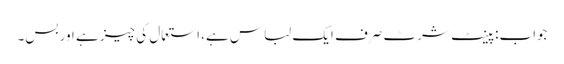
جواب: پینٹ شرٹ صرف ایک لباس ہے، استعمال کی چیز ہے اور بس۔